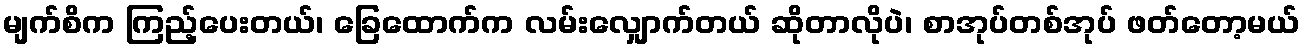
မျက်စိက ကြည့်ပေးတယ်၊ ခြေထောက်က လမ်းလျှောက်တယ် ဆိုတာလိုပဲ၊ စာအုပ်တစ်အုပ် ဖတ်တော့မယ်